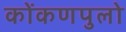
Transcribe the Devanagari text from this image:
कोंकणपुलो